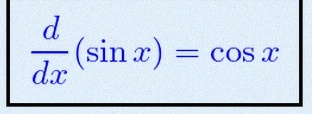
\frac{d}{dx}(\sin x)=\cos x